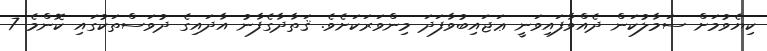
ކިޔެވުމަށް ސަމާލުކަން ދެއްވާފައިވަނީ ޢަޖައިބުވާފަދަ މިންވަރަކަށެވެ. ޤަތާދާގެފާނު އާދައިގެ ދުވަސްތަކުގައި ކޮންމެ 7